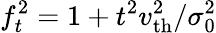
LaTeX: f_{t}^{2}=1+t^{2}v_{\mathrm{th}}^{2}/\sigma_{0}^{2}